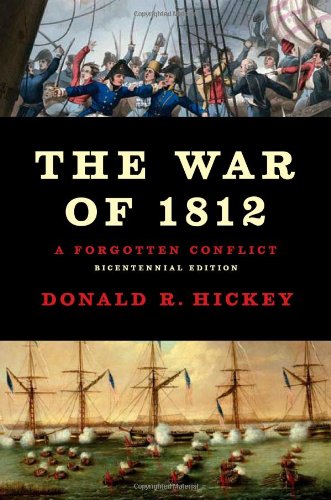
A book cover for The War of 1812: A Forgotten Conflict, Bicentennial Edition; Donald R Hickey; History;